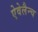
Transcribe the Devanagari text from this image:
ऐवेलैन्च